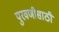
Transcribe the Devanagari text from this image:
पुरवणीसाठी